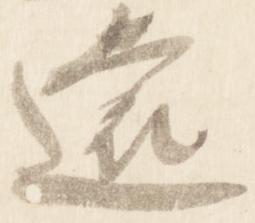
遠